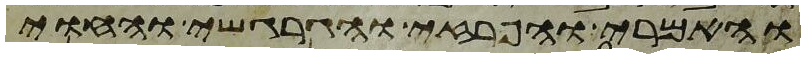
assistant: והאמרי והפרזי והגרגשי והחוי